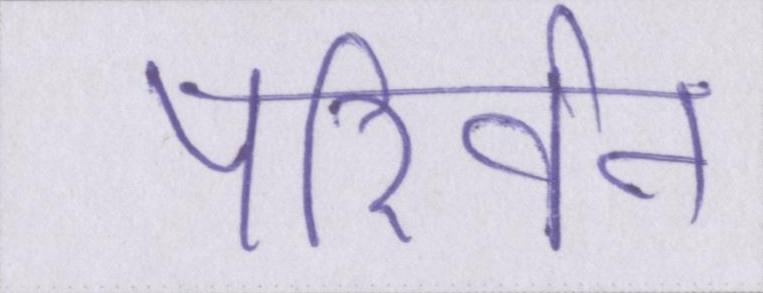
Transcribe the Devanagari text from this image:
परिर्वन